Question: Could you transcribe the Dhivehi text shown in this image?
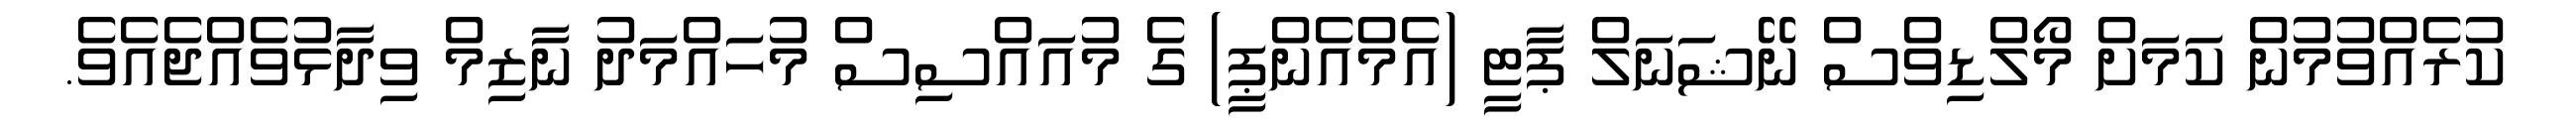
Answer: ކުރެއްވުމުން ކަމަށް މޯލްޑިވްސް ނޭޝަނަލް ޕާޓީ (އެމްއެންޕީ) ގެ މުއައްސިސް މުހައްމަދު ނާޒިމް ވިދާޅުވެއްޖެއެވެ.